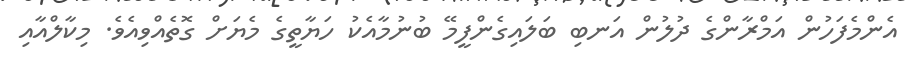
އެންމެފަހުން އަމްރާންގެ ދުލުން އަނބި ބަލައިގެންފީމޭ ބުނުމާއެކު ހަޔާތީގެ މެޔަށް ގޮތެއްވިއެވެ. މިކާލްއާއި